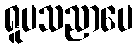
ရူပသညာပေ